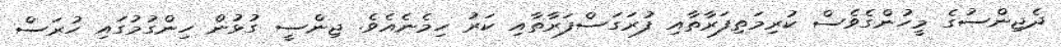
ދެޖިންސުގެ މީހުންގެވެސް ކުރިމަތިފަރާތާއި ފުރަގަސްފަރާތާއި ކަރު ހިމެނެއެވެ. ޖިންސީ ގުޅުން ހިންގުމުގައި ހުރަސް